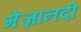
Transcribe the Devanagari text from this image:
मेज़ानदी